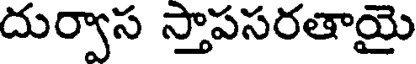
దుర్వాస స్తాపసరతాయై